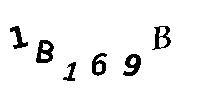
1B169B